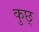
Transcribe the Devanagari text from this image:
कुछ्‍